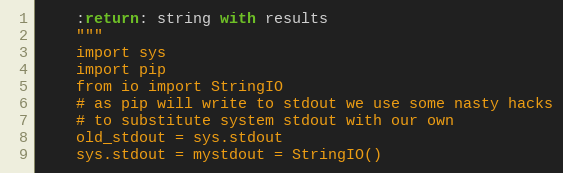
Language: Python
    :return: string with results
    """
    import sys
    import pip
    from io import StringIO
    # as pip will write to stdout we use some nasty hacks
    # to substitute system stdout with our own
    old_stdout = sys.stdout
    sys.stdout = mystdout = StringIO()